Scottish Leaving Certificate Examination, 1961
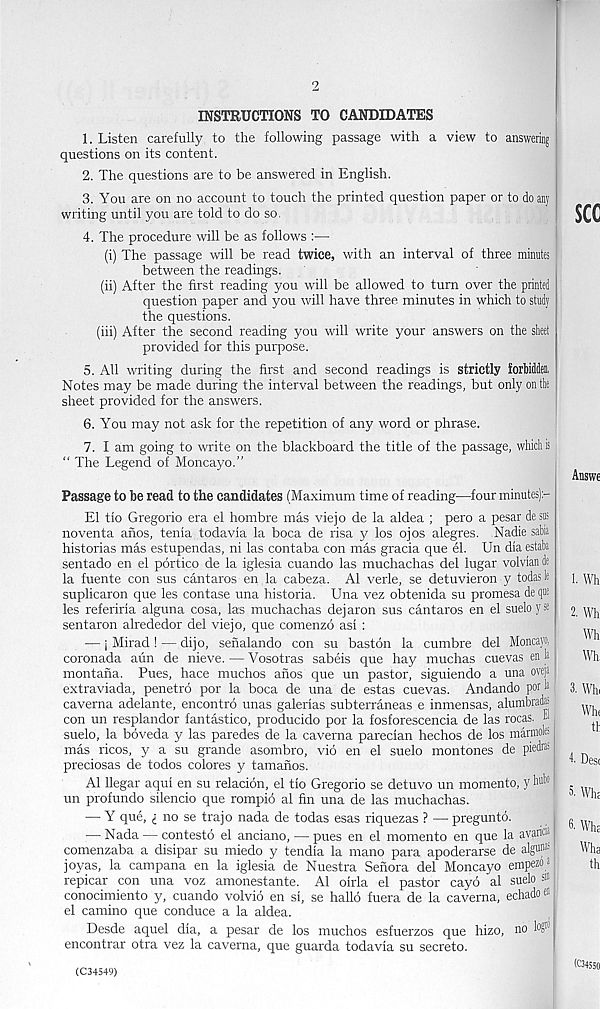
2
INSTRUCTIONS TO CANDIDATES
1. Listen carefully to the following passage with a view to answering
questions on its content.
2. The questions are to be answered in English.
3. You are on no account to touch the printed question paper or to do any
writing until you are told to do so.
4. The procedure will be as follows :—
(i) The passage will be read twice, with an interval of three minutes
between the readings.
(ii) After the first reading you will be allowed to turn over the printed
question paper and you will have three minutes in which to study
the questions.
(hi) After the second reading you will write your answers on the sheet
provided for this purpose.
5. All writing during the first and second readings is strictly forbidden,
Notes may be made during the interval between the readings, but only on the
sheet provided for the answers.
6. You may not ask for the repetition of any word or phrase.
7. I am going to write on the blackboard the title of the passage, which is
“ The Legend of Moncayo."
Passage to be read to the candidates (Maximum time of reading—four minutes):-
E1 tio Gregorio era el hombre mas viejo de la aldea ; pero a pesar desos
noventa ahos, tenia todavia la boca de risa y los ojos alegres. .Nadie sabia
historias mas estupendas, ni las contaba con mas gracia que el. Un dia estaba
sentado en el portico de la iglesia cuando las muchachas del lugar volvian de
la fuente con sus cantaros en la cabeza. A1 verle, se detuvieron y todasle
suplicaron que les contase una historia. Una vez obtenida su promesa de q*
les referiria alguna cosa, las muchachas dejaron sus cantaros en el sueloyse
sentaron alrededor del viejo, que comenzo asi :
■ —i Mirad !—dijo, senalando con su baston la cumbre del Moncayo,
coronada aun de nieve. — Vosotras sabeis que hay muchas cuevas en la
montana. Pues, hace muchos anos que un pastor, siguiendo a una oveja
extraviada, penetro por la boca de una de estas cuevas. Andando por h
caverna adelante, encontro unas galenas subterraneas e inmensas, alumbradas
con un resplandor fantastico, producido por la fosforescencia de las rocas. H
suelo, la boveda y las paredes de la caverna parecian hechos de los marmob
mas ricos, y a su grande asombro, vio en el suelo montones de pied®
preciosas de todos colores y tamanos.
A1 llegar aqui en su relation, el tio Gregorio se detuvo un momento, y h u ' )1
un profundo silencio que rompio al fin una de las muchachas.
— Y que, £ no se trajo nada de todas esas riquezas ? — preguntd.
— Nada— contesto el anciano, — pues en el momento en que la aval'®*
comenzaba a disipar su miedo y tendia la mano para apoderarse de algu®-
joyas, la campana en la iglesia de Nuestra Senora del Moncayo empezo*
repicar con una voz amonestante. Al oirla el pastor cayd al suelo sin
conocimiento y, cuando volvio en si, se hallo fuera de la caverna, echado® 1
el camino que conduce a la aldea.
Desde aquel dia, a pesar de los muchos esfuerzos que hizo, no bS 10
encontrar otra vez la caverna, que guarda todavia su secreto.
(C34549)